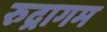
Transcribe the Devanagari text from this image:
रुद्रागम